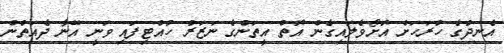
އެނދުގެ ހުރަހަށް އޮށޯވެލައިގެން އޮތް އީތަންގެ ނަޒަރު ހުއްޓިފައި ވަނީ އޭނާ ދެއަތުން